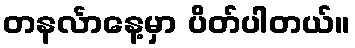
တနင်္လာနေ့မှာ ပိတ်ပါတယ်။